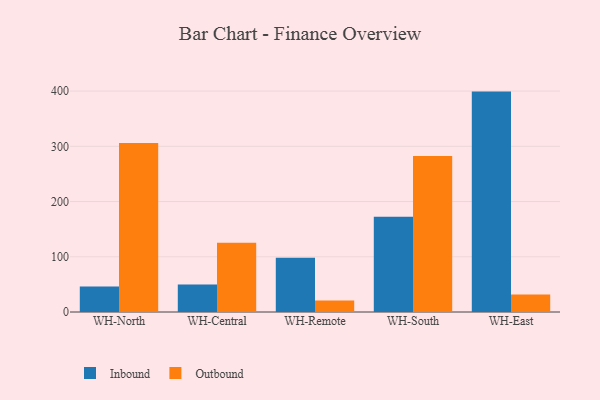
{"axis": {"x": "Warehouse", "y": "LTV (USD)"}, "legend": ["Inbound", "Outbound"], "data": [{"x": "WH-North", "y": 46.1, "type": "Inbound"}, {"x": "WH-North", "y": 306.0, "type": "Outbound"}, {"x": "WH-Central", "y": 50.0, "type": "Inbound"}, {"x": "WH-Central", "y": 125.5, "type": "Outbound"}, {"x": "WH-Remote", "y": 98.3, "type": "Inbound"}, {"x": "WH-Remote", "y": 20.7, "type": "Outbound"}, {"x": "WH-South", "y": 172.3, "type": "Inbound"}, {"x": "WH-South", "y": 282.4, "type": "Outbound"}, {"x": "WH-East", "y": 399.1, "type": "Inbound"}, {"x": "WH-East", "y": 31.6, "type": "Outbound"}]}